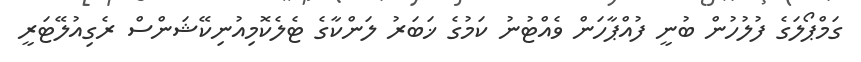
ގަމްޕޯލަގެ ފުލުހުން ބުނީ ފުއްޕާހަން ވެއްޓުނު ކަމުގެ ޚަބަރު ލަންކާގެ ޓެލެކޮމިއުނިކޭޝަންސް ރެގިއުލޭޓަރީ